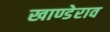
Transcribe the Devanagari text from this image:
खाण्डेराव